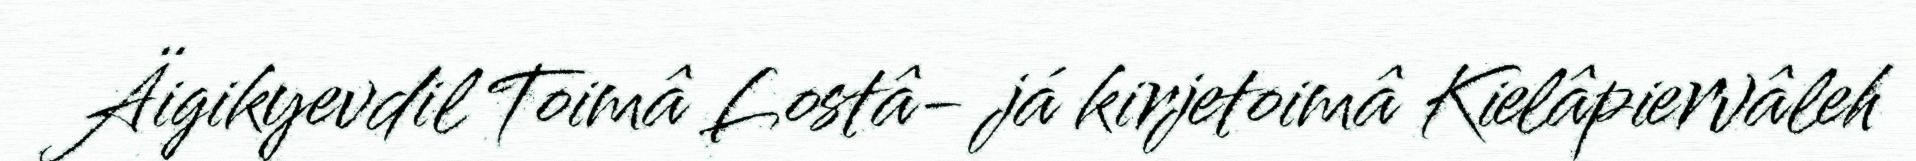
Äigikyevdil Toimâ Lostâ- já kirjetoimâ Kielâpiervâleh